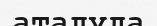
аталуда